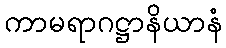
ကာမရာဂဋ္ဌာနိယာနံ